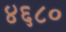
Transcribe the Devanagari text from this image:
४६८०